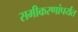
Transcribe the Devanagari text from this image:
समीकरणांपर्यंत